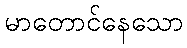
မာတောင်နေသော